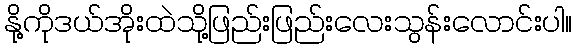
နို့ကိုဒယ်အိုးထဲသို့ဖြည်းဖြည်းလေးသွန်းလောင်းပါ။